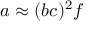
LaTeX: a \approx ( b c ) ^ { 2 } f